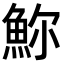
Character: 𩶗